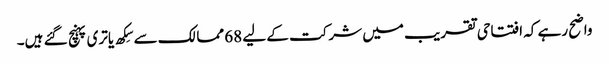
واضح رہے کہ افتتاحی تقریب میں شرکت کے لیے 68 ممالک سے سِکھ یاتری پہنچ گئے ہیں۔